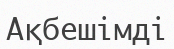
Ақбешімді